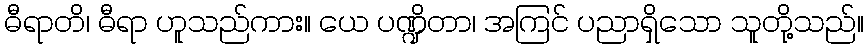
ဓီရာတိ၊ ဓီရာ ဟူသည်ကား။ ယေ ပဏ္ဍိတာ၊ အကြင် ပညာရှိသော သူတို့သည်။